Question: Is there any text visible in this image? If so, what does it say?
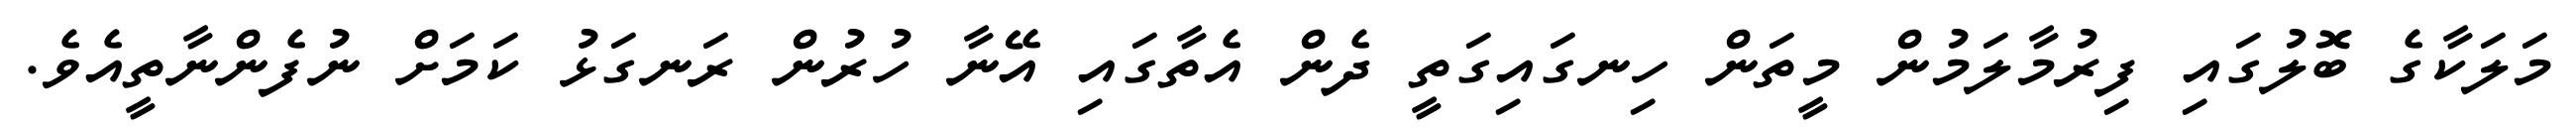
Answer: މަލަކާގެ ބޮލުގައި ފިރުމާލަމުން މީތަން ހިނގައިގަތީ ދެން އެތާގައި އޭނާ ހުރުން ރަނގަޅު ކަމަށް ނުފެންނާތީއެވެ.